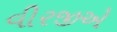
વીરજીએ